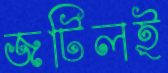
জটিলই